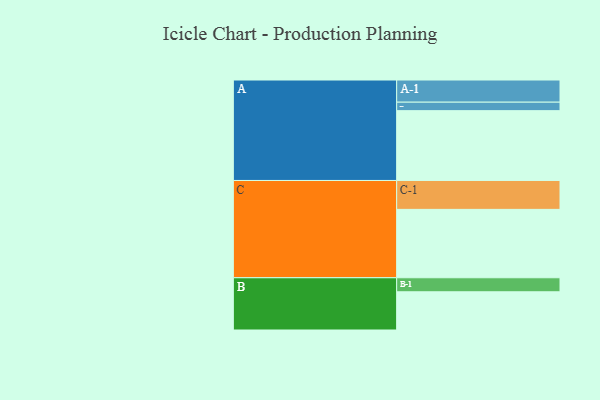
{"axis": {"x": "Segment", "y": "Value"}, "legend": ["", "A", "B", "C"], "data": [{"x": "A", "y": 592, "type": ""}, {"x": "B", "y": 324, "type": ""}, {"x": "C", "y": 580, "type": ""}, {"x": "A-1", "y": 188, "type": "A"}, {"x": "A-2", "y": 72, "type": "A"}, {"x": "B-1", "y": 119, "type": "B"}, {"x": "C-1", "y": 245, "type": "C"}]}